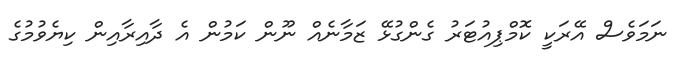
ނަމަވެސް އޭރަކީ ކޮމްޕިއުޓަރު ގެންގުޅޭ ޒަމާނެއް ނޫން ކަމުން އެ ދާއިރާއިން ކިޔެވުމުގެ